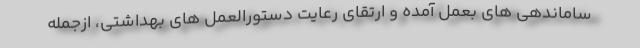
ساماندهی های بعمل آمده و ارتقای رعایت دستورالعمل های بهداشتی، ازجمله